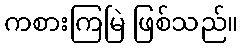
ကစားကြမြဲ ဖြစ်သည်။